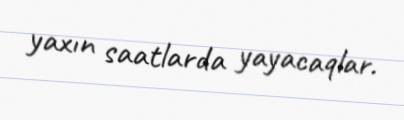
yaxın saatlarda yayacaqlar.